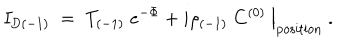
I _ { \mathrm { D } ( - 1 ) } \; = \; \left. T _ { ( - 1 ) } \; e ^ { - \Phi } + i \rho _ { ( - 1 ) } \; C ^ { ( 0 ) } \ \right| _ { \mathrm { p o s i t i o n } } \ .